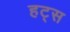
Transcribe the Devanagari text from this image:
हट्स